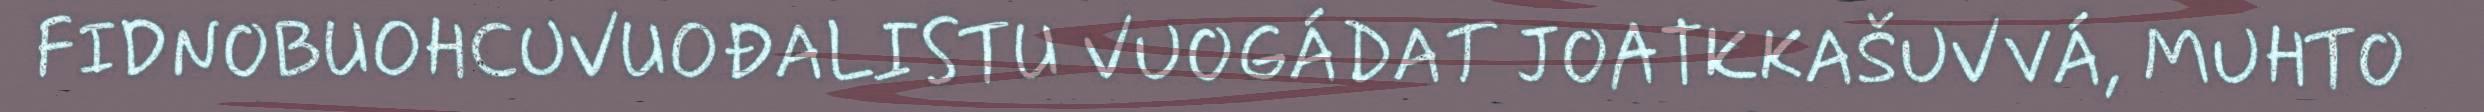
FIDNOBUOHCUVUOĐALISTU VUOGÁDAT JOATKKAŠUVVÁ, MUHTO